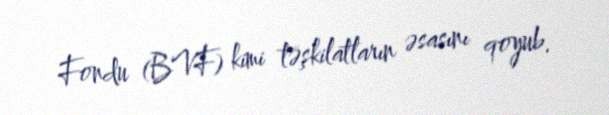
Fondu (BVF) kimi təşkilatların əsasını qoyub.